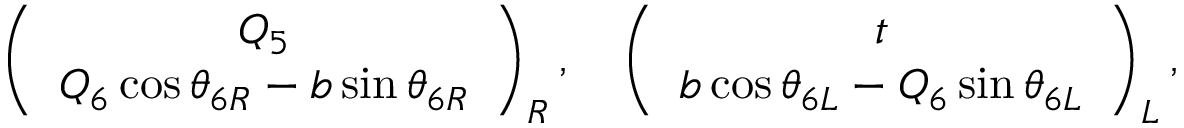
\left( \begin{array} { c } { { Q _ { 5 } } } \\ { { Q _ { 6 } \cos \theta _ { 6 R } - b \sin \theta _ { 6 R } } } \end{array} \right) _ { R } , ~ ~ ~ \left( \begin{array} { c } { { t } } \\ { { b \cos \theta _ { 6 L } - Q _ { 6 } \sin \theta _ { 6 L } } } \end{array} \right) _ { L } ,